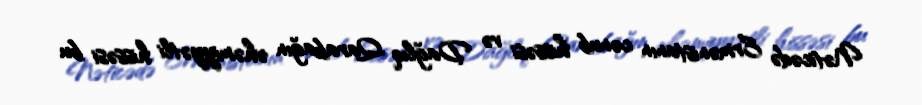
Nəticədə Ermənistanın cənub hissəsi və Dağlıq Qarabağın əhəmiyyətli hissəsi bu